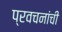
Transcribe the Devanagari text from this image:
प्रवचनांची